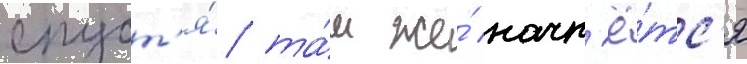
спуст'я́ та́м же́ начн'ё́тс'я